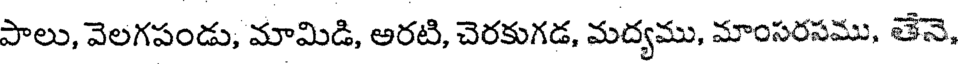
పాలు, వెలగపండు, మామిడి, అరటి, చెరకుగడ, మద్యము, మాంసరసము, తేనె,